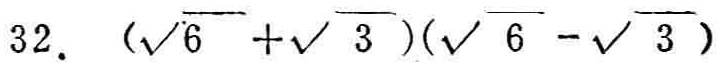
$32. \ (\sqrt{6}+\sqrt{3})(\sqrt{6}-\sqrt{3})$